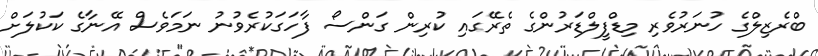
ބްރެޒިލްގެ ހުނަރުވެރި މިޑްފީލްޑަރުންގެ ތެރޭގައި ކުރިން ގަންސޯ ފާހަގަކުރެވުނު ނަމަވެސް އޭނާގެ ކަކުލަށް